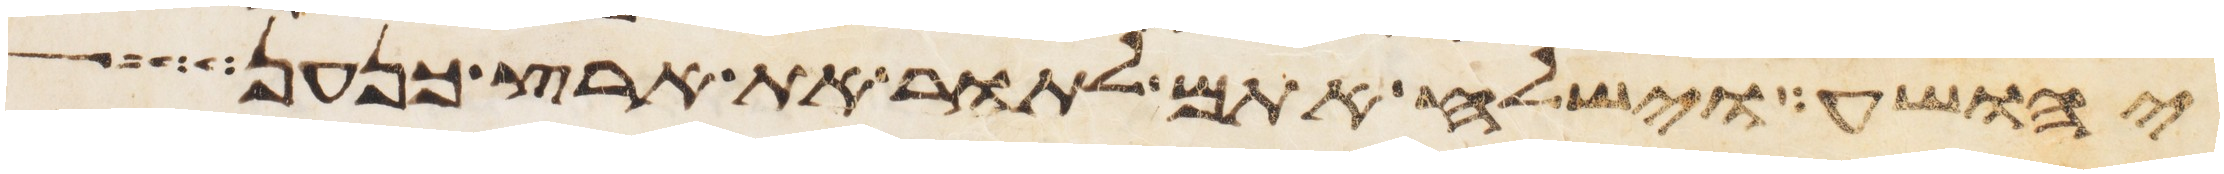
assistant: יהושע וישלח אתם לתור את ארץ כנען